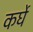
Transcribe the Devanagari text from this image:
कर्घे